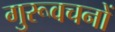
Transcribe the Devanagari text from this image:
गुरूवचनों